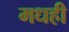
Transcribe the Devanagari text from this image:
मधही